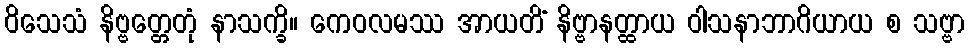
ဝိသေသံ နိဗ္ဗတ္တေတုံ နာသက္ခိ။ ကေဝလမဿ အာယတိံ နိဗ္ဗာနတ္ထာယ ဝါသနာဘာဂိယာယ စ သဗ္ဗာ